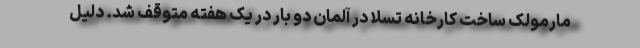
مارمولک ساخت کارخانه تسلا در آلمان دو بار در یک هفته متوقف شد. دلیل